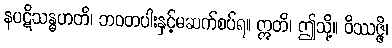
နပဋိသန္ဓဟတိ၊ ဘဝတပါးနှင့်မဆက်စပ်ရ။ ဣတိ၊ ဤသို့။ ဝိဿဇ္ဇိ၊